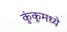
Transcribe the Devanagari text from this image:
कुंकूमध्ये